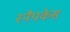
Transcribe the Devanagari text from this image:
स्नैपकेस